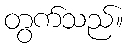
တွက်သည်။